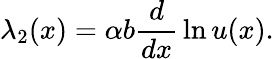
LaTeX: \lambda_{2}(x)=\alpha b{\frac{d}{dx}}\ln u(x).